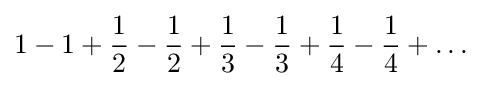
1-1+{\frac {1}{2}}-{\frac {1}{2}}+{\frac {1}{3}}-{\frac {1}{3}}+{\frac {1}{4}}-{\frac {1}{4}}+\dots